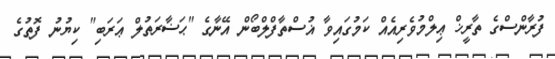
ފުރާންސްގެ ތާރީޚް ޢިލްމުވެރިއެއް ކަމުގައިވާ ޣުސްތާފްލްބޯން އޭނާގެ "ޙަޟާރަތުލް ޢަރަބި" ކިޔުނު ފޮތުގެ